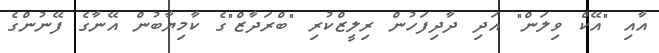
އާއި "އޭކް ވިލަން" އަދި ދާދިފަހުން ރިލީޒްކުރި "ބްރަދާޒް"ގެ ކާމިޔާބުން އޭނާގެ ފޭނުންގެ